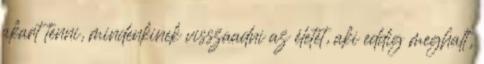
akart tenni, mindenkinek visszaadni az életét, aki eddig meghalt,